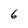
Character: 6